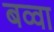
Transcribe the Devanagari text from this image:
बव्वा